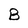
Character: B